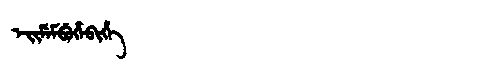
Manchu: ᡝᡳᠮᡝᠮᠪᡠᡥᡝᠪᡳᡥᡝ
Romanization: EIMEMBUHEBIHE